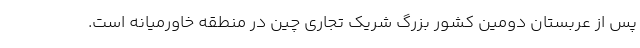
پس از عربستان دومین کشور بزرگ شریک تجاری چین در منطقه خاورمیانه است.